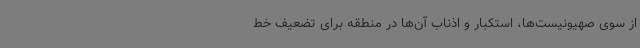
از سوی صهیونیست‌ها، استکبار و اذناب آن‌ها در منطقه برای تضعیف خط